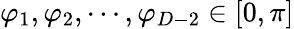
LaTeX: \varphi_{1},\varphi_{2},\cdots,\varphi_{D-2}\in[0,\pi]